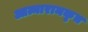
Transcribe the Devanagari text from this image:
आत्मारामकृत